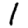
Digit: 1